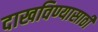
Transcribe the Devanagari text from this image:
दाखविण्यासाठीं